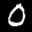
Label: 0